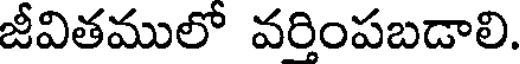
జీవితములో వరింపబడాలి.